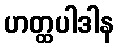
ဟတ္ထပါဒါန